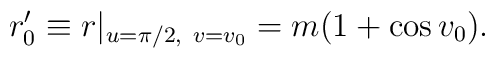
r'_{0} \equiv r|_{u=\pi/2,~ v=v_{0}} =m(1+\cos v_{0}).